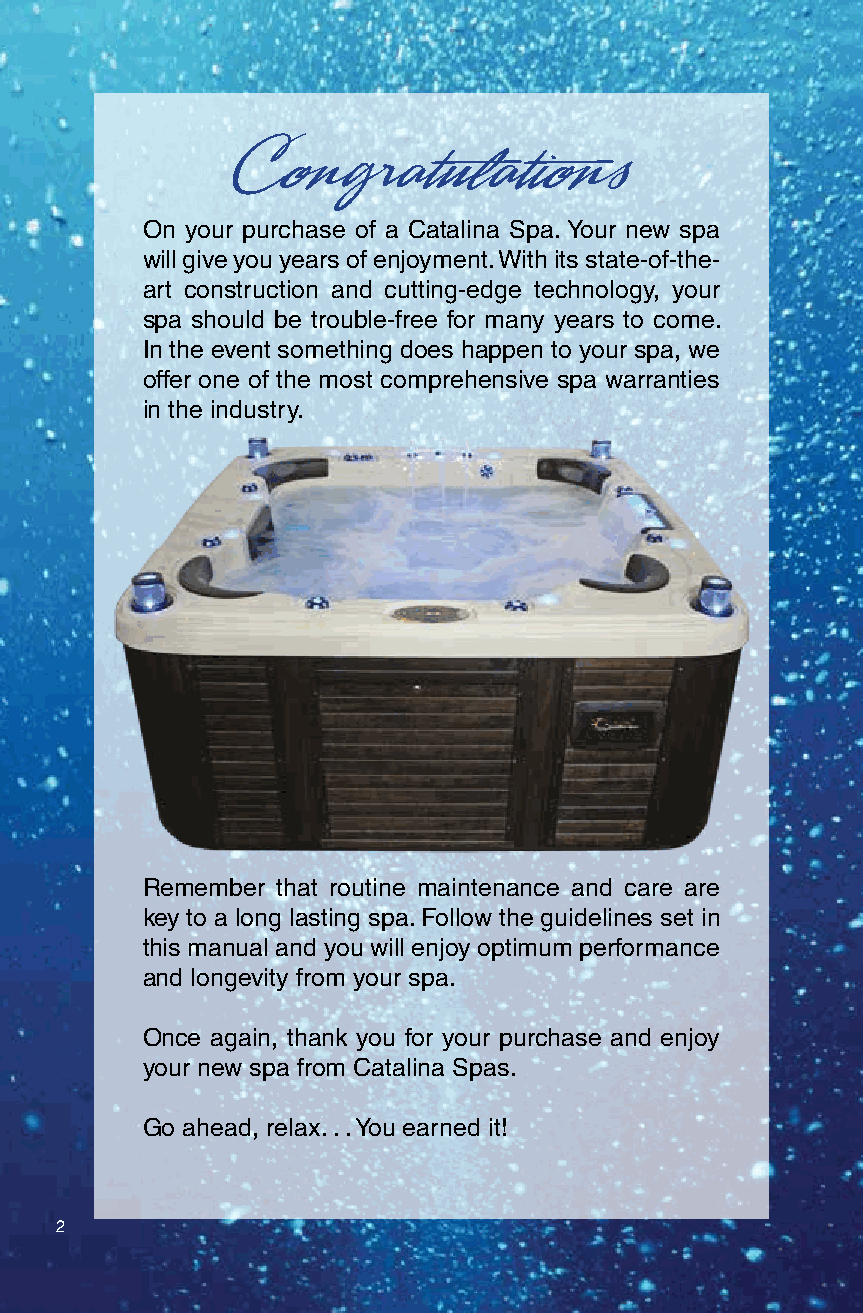
Congratulations
 On your purchase of a Catalina Spa. Your new spa
 will give you years of enjoyment. With its state-of-the-
 art construction and cutting-edge technology, your
 spa should be trouble-free for many years to come.
 In the event something does happen to your spa, we
 offer one of the most comprehensive spa warranties
 in the industry.
 Remember that routine maintenance and care are
 key to a long lasting spa. Follow the guidelines set in
 this manual and you will enjoy optimum performance
 and longevity from your spa.
 Once again, thank you for your purchase and enjoy
 your new spa from Catalina Spas.
 Go ahead, relax. . . You earned it!
 2